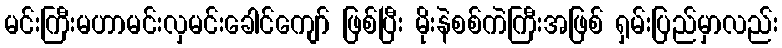
မင်းကြီးမဟာမင်းလှမင်းခေါင်ကျော် ဖြစ်ပြီး မိုးနဲစစ်ကဲကြီးအဖြစ် ရှမ်းပြည်မှာလည်း